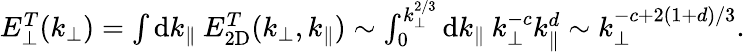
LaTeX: \begin{array}{r}{E_{\perp}^{T}(k_{\perp})=\int\mathrm{d}k_{\parallel}\: E_{2\mathrm{D}}^{T}(k_{\perp},k_{\parallel})\sim\int_{0}^{k_{\perp}^{2/3}}\mathrm{d}k_{\parallel}\: k_{\perp}^{-c}k_{\parallel}^{d}\sim k_{\perp}^{-c+2(1+d)/3}.}\end{array}